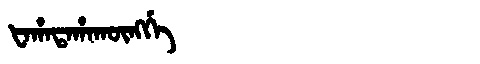
Manchu: ᡶᠠᡥᠠᡨᠠᡥᠠᡴᡡᠩᡤᡝ
Romanization: FAHATAHAKŪNGGE